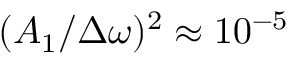
( A _ { 1 } / \Delta \omega ) ^ { 2 } \approx 1 0 ^ { - 5 }